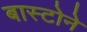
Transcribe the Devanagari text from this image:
बास्टोने